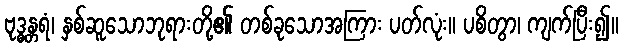
ဗုဒ္ဓန္တရံ၊ နှစ်ဆူသောဘုရားတို့၏ တစ်ခုသောအကြား ပတ်လုံး။ ပစိတွာ၊ ကျက်ပြီး၍။